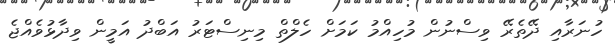
ހުނަރާއި ދޭތެރޭ ވިސްނުން މުހިއްމު ކަމަށް ހެލްތް މިނިސްޓަރު އަބްދު އަމީން ވިދާޅުވެއްޖެ